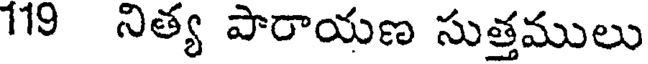
119 నిత్య పారాయణ సుత్తములు